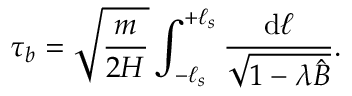
\tau _ { b } = \sqrt { \frac { m } { 2 H } } \int _ { - \ell _ { s } } ^ { + \ell _ { s } } \frac { \mathrm { d } \ell } { \sqrt { 1 - \lambda \hat { B } } } .